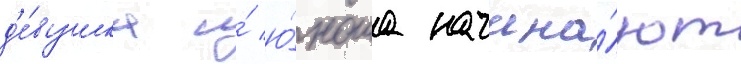
д'е́вушка и́ ю́ноша начина́ют